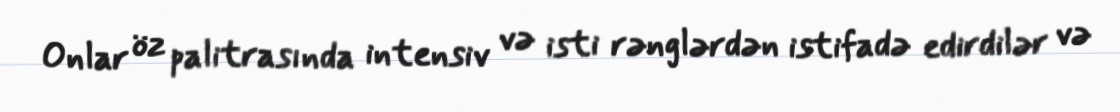
Onlar öz palitrasında intensiv və isti rənglərdən istifadə edirdilər və